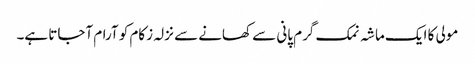
مولی کا ایک ماشہ نمک گرم پانی سے کھانے سے نزلہ زکام کو آرام آجاتا ہے۔